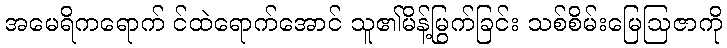
အမေရိကရောက် င်ထဲရောက်အောင် သူ၏မိန့်မြွက်ခြင်း သစ်စိမ်းမြေဩဇာကို